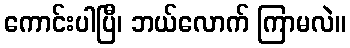
ကောင်းပါပြီ၊ ဘယ်လောက် ကြာမလဲ။